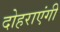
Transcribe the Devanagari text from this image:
दोहराएंगी